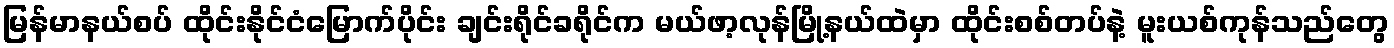
မြန်မာနယ်စပ် ထိုင်းနိုင်ငံမြောက်ပိုင်း ချင်းရိုင်ခရိုင်က မယ်ဖာ့လုန်မြို့နယ်ထဲမှာ ထိုင်းစစ်တပ်နဲ့ မူးယစ်ကုန်သည်တွေ